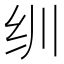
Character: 𬘓